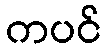
ကပင်